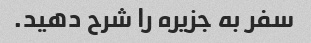
سفر به جزیره را شرح دهید.